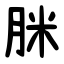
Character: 脒